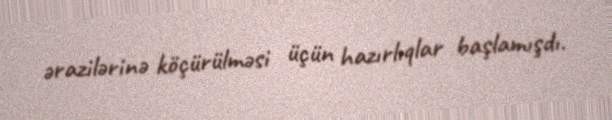
ərazilərinə köçürülməsi üçün hazırlıqlar başlamışdı.